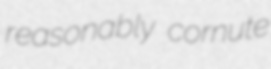
reasonably cornute